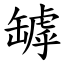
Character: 罅